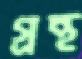
গ্রন্থ